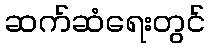
ဆက်ဆံရေးတွင်